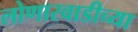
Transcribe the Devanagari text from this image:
लोणारवाडीच्या